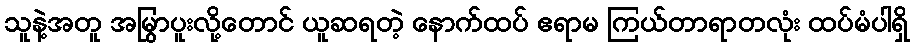
သူနဲ့အတူ အမြွာပူးလို့တောင် ယူဆရတဲ့ နောက်ထပ် ဧရာမ ကြယ်တာရာတလုံး ထပ်မံပါရှိ